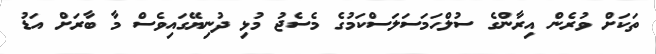
ތަކަށް ވުރެން އިރާންގެ ސުލްހަމަސަލަސްކަމުގެ މެސެޖު މުޅި ދުނިޔޭގައިވެސް މާ ބާރަށް އަޑު